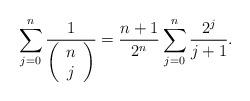
LaTeX: \begin{align*}\sum_{j=0}^{n}\frac{1}{\left( \begin{array}{c}n \\ j\end{array}\right) }=\frac{n+1}{2^{n}}\sum_{j=0}^{n}\frac{2^{j}}{j+1}. \end{align*}